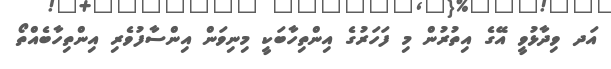
އަދ ވިދާޅުވީ އޭގެ އިތުރުން މި ފަހަރުގެ އިންތިހާބަކީ މިނިވަން އިންސާފުވެރި އިންތިހާބެއްތޯ